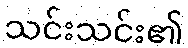
သင်းသင်း၏